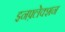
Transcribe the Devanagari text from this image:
इनफ़्लेक्शन